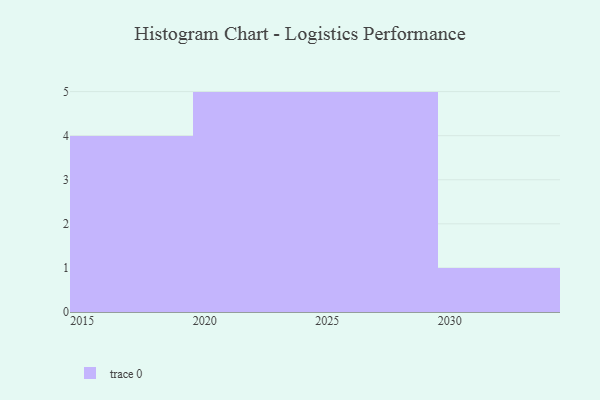
{"axis": {"x": "Year", "y": "Latency (ms)"}, "legend": [""], "data": [{"x": "2022", "y": 48, "type": ""}, {"x": "2018", "y": 70, "type": ""}, {"x": "2020", "y": 89, "type": ""}, {"x": "2026", "y": 18, "type": ""}, {"x": "2028", "y": 90, "type": ""}, {"x": "2024", "y": 11, "type": ""}, {"x": "2027", "y": 53, "type": ""}, {"x": "2023", "y": 60, "type": ""}, {"x": "2015", "y": 57, "type": ""}, {"x": "2017", "y": 64, "type": ""}, {"x": "2021", "y": 92, "type": ""}, {"x": "2016", "y": 19, "type": ""}, {"x": "2025", "y": 4, "type": ""}, {"x": "2030", "y": 8, "type": ""}, {"x": "2029", "y": 78, "type": ""}]}